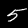
Digit: 5